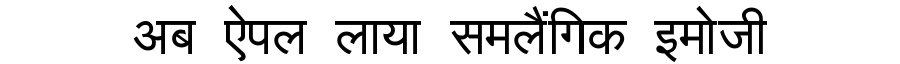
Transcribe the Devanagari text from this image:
अब ऐपल लाया समलैंगिक इमोजी